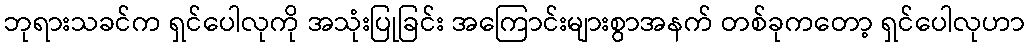
ဘုရားသခင်က ရှင်ပေါလုကို အသုံးပြုခြင်း အကြောင်းများစွာအနက် တစ်ခုကတော့ ရှင်ပေါလုဟာ